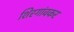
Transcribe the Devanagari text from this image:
शिरगांवकर